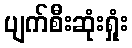
ပျက်စီးဆုံးရှုံး